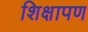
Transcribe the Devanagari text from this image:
शिक्षापण